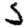
Digit: 5